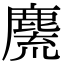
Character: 麍